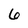
Character: 6